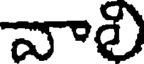
వాలి